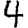
Digit: 4